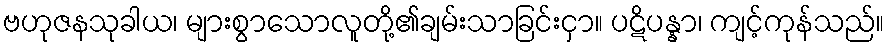
ဗဟုဇနသုခါယ၊ များစွာသောလူတို့၏ချမ်းသာခြင်းငှာ။ ပဋိပန္နာ၊ ကျင့်ကုန်သည်။